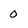
Character: 0